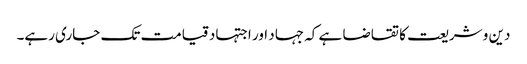
دین و شریعت کا تقاضا ہے کہ جہاد اور اجتہاد قیامت تک جاری رہے۔